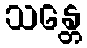
သန္တေ